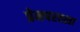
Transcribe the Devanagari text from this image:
प्रेमपरवशा